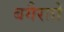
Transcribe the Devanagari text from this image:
बगैरतों